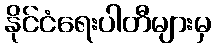
နိုင်ငံရေးပါတီများမှ